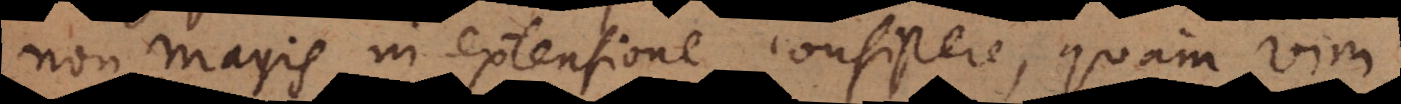
non magis in extensione consistere, quam vi